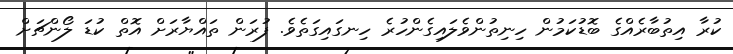
ކުރާ އިތުބާރެއްގެ ބޮޑުކަމުން ހިނިތުންވެލައިގެންހުރެ ހިނގައިގަތެވެ. ފުރަން ތައްޔާރަށް އޮތް ކުޑަ ލޯންޗަށް